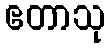
ဧတာသု